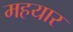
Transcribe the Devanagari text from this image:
महयार